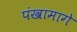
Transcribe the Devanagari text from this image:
पंखामागे